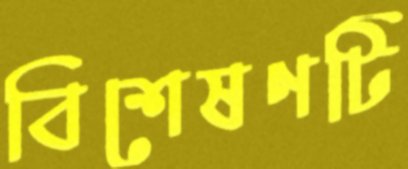
বিশেষণটি